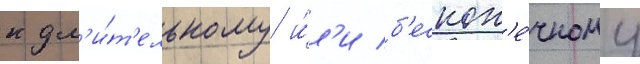
к дл'и́т'ельному и́л'и б'ескон'е́чному